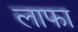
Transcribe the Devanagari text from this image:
लाफा